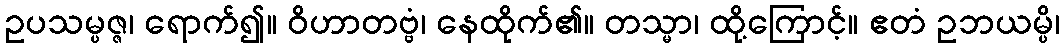
ဥပသမ္ပဇ္ဇ၊ ရောက်၍။ ဝိဟာတဗ္ဗံ၊ နေထိုက်၏။ တသ္မာ၊ ထို့ကြောင့်။ ဧတံ ဥဘယမ္ပိ၊